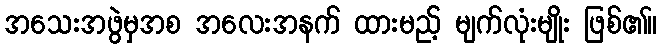
အသေးအဖွဲမှအစ အလေးအနက် ထားမည့် မျက်လုံးမျိုး ဖြစ်၏။